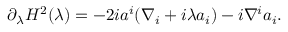
\partial _ { \lambda } H ^ { 2 } ( \lambda ) = - 2 i a ^ { i } ( \nabla _ { i } + i \lambda a _ { i } ) - i \nabla ^ { i } a _ { i } .